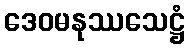
ဒေဝမနုဿသေဋ္ဌံ